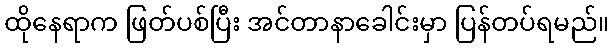
ထိုနေရာက ဖြတ်ပစ်ပြီး အင်တာနာခေါင်းမှာ ပြန်တပ်ရမည်။